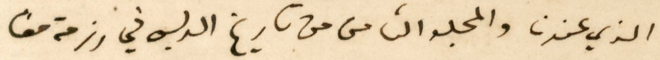
الذي عندنا والمجلد الثامن من تاريخ الدبس في رزمة معًا.